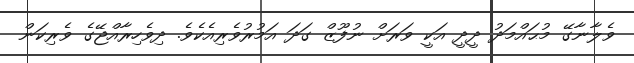
ވެލާނާގޭ މުޙައްމަދު ދީދީ އަކީ ވަރަށް ނުފޫޒް ގަދަ އަމުރުވެރިއެކެވެ. ދިވެހިރާއްޖޭގެ ވެރިކަން